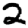
Digit: 2